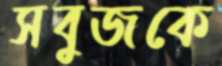
সবুজকে